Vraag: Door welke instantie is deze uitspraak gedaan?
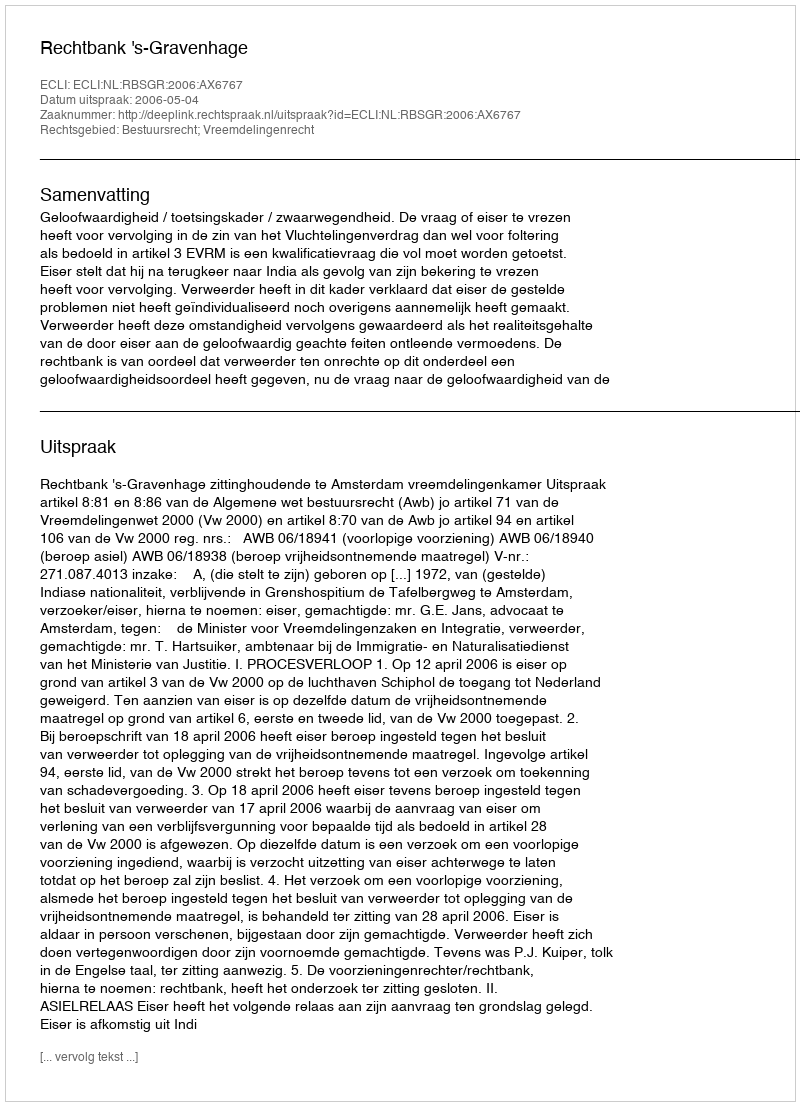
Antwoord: Rechtbank 's-Gravenhage